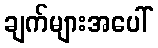
ချက်များအပေါ်